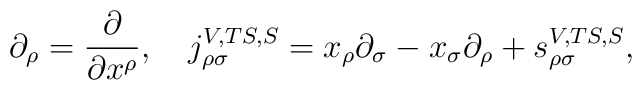
\partial _\rho =\frac \partial {\partial x^\rho },\quad j_{\rho \sigma}^{V,TS,S}=x_\rho \partial _\sigma -x_\sigma \partial _\rho +s_{\rho \sigma}^{V,TS,S},